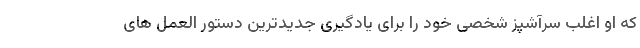
که او اغلب سرآشپز شخصی خود را برای یادگیری جدیدترین دستور العمل های